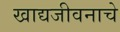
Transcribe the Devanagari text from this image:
खाद्यजीवनाचे